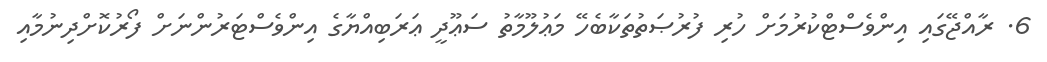
6. ރާއްޖޭގައި އިންވެސްޓްކުރުމަށް ހުރި ފުރުޞަތުތަކާބެހޭ މަޢުލޫމާތު ސަޢޫދީ ޢަރަބިއްޔާގެ އިންވެސްޓަރުންނަށް ފޯރުކޮށްދިނުމާއި